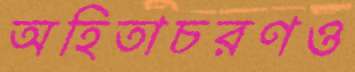
অহিতাচরণও